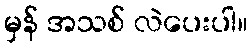
မှန် အသစ် လဲပေးပါ။